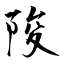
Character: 陖